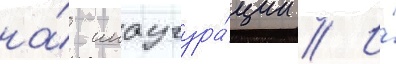
на́ инаугура́ции // И́